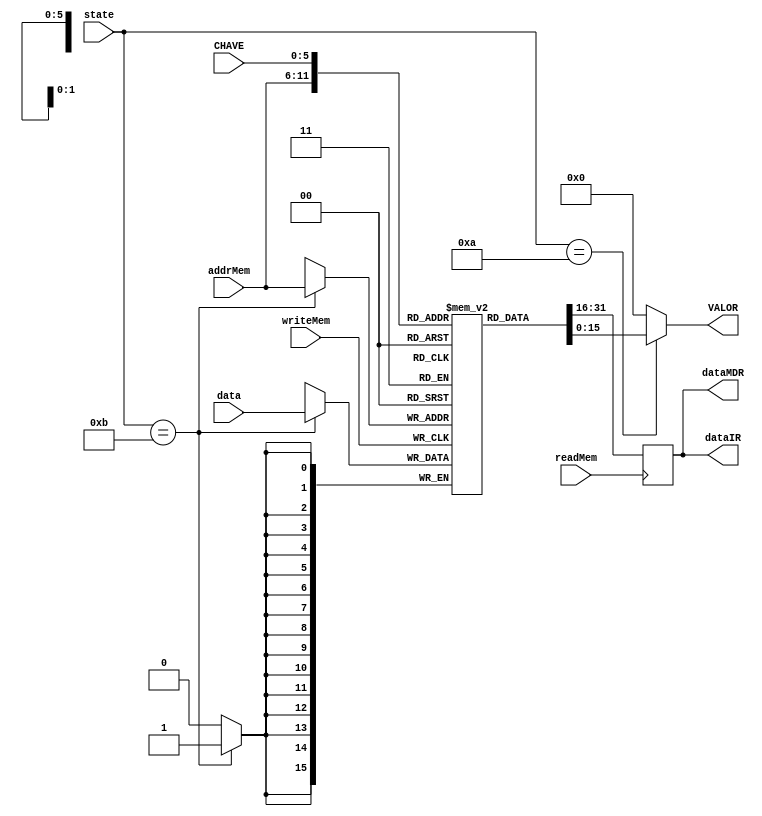

module Memoria (addrMem, readMem, dataIR, dataMDR, writeMem, data, CHAVE, VALOR, state);
	/* Entradas do mdulo. */
	
	input [3:0]state;
	input [5:0] addrMem;
	input [15:0] data;
	input readMem;
	input writeMem;
	input [5:0]CHAVE;
	
	/* Sadas do mdulo. */
	output [15:0] dataIR;
	output [15:0] dataMDR;
	output [15:0] VALOR;
	
	/* Componentes internos do Mdulo. */
	reg [15:0] memory [0:49];	// Mdulo de memria de 50 posies. 
	reg [15:0] storedData;		// Registrador auxiliar.
	
	/* Inicializa a memria com valores prdefinidos. */
	initial begin
	
		memory[0]  = 16'b0010000000010000;
		memory[1]  = 16'b0010000101100001;
		memory[2]  = 16'b0110000000010000;
		memory[3]  = 16'b0010001000010010;
		memory[4]  = 16'b0010001000100010;
		memory[5]  = 16'b0100001000000000;
		memory[6]  = 16'b0010000100100001;
		memory[7]  = 16'b0110000000010000;
		memory[8]  = 16'b0010000100010100;
		memory[9]  = 16'b0010001101000011;
		memory[10] = 16'b0110010000110100;
		memory[11] = 16'b0010111100011111;
		memory[12] = 16'b0001010111110101;
		memory[13] = 16'b0111010100010101;
		memory[14] = 16'b0101010000000100;
		memory[15] = 16'b0011010001010100;
		memory[16] = 16'b0100010000000000;
		memory[17] = 16'b0010011001110110;
		memory[18] = 16'b0101010000000100;
		memory[19] = 16'b0011010001110100;
		memory[20] = 16'b0010010000100100;
		memory[21] = 16'b0110011000110110;
		memory[22] = 16'b0000011001000110;
		memory[23] = 16'b0010100010001000;
		memory[24] = 16'b0110011010000110;
		memory[25] = 16'b0010011111000111;
		memory[26] = 16'b0010100100011001;
		memory[27] = 16'b0110011110010111;
		memory[28] = 16'b0000100101110111;
		memory[29] = 16'b0010100100011001;
		memory[30] = 16'b0110011110010111;
		memory[31] = 16'b0010011000010110;
		memory[32] = 16'b0100011001110110;
		memory[33] = 16'b0100011010100001;
		memory[34] = 16'b0010001011010010;
		memory[35] = 16'b0010100100011001;
		memory[36] = 16'b0110001010010010;
		memory[37] = 16'b0010100110011001;
		memory[38] = 16'b0001001010010010;
		memory[39] = 16'b0110001010000010;
		memory[40] = 16'b0010101111111011;
		memory[41] = 16'b0010110000011100;
		memory[42] = 16'b0110101111001011;
		memory[43] = 16'b0010101100111011;
		memory[44] = 16'b0000101100100010;
		memory[45] = 16'b1100000000000000;
	end
	
	/* Realiza a leitura da memria na borda de subida do sinal readMem. */
	always @ (posedge readMem) begin
		if (readMem == 1 ) storedData = memory[addrMem];
	end

	always @ (negedge writeMem) begin
	 if(state == 4'b1011) 
		memory[addrMem] = data;
	end
	
	reg [15:0] info;
	
	always@(CHAVE or state) begin
		if (state == 4'b1010) info = memory[CHAVE];
		else info = 0;
	end
	
	/* Atribuicao da posicao selecionada para as saidas. */
	assign dataIR  = storedData;
	assign dataMDR = storedData;
	
	/* Valor enviado para os displays. */
	assign VALOR = info;

endmodule